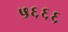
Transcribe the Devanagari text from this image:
५६६६